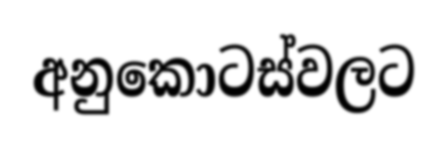
අනුකොටස්වලට